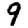
Digit: 9